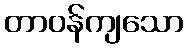
တာဝန်ကျသော